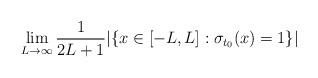
LaTeX: \begin{align*}\lim_{L\to\infty}\frac{1}{2L+1}|\{x\in[-L,L]:\sigma_{t_0}(x)=1\}|\end{align*}